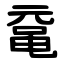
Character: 鼋